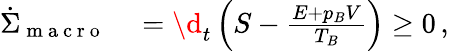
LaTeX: \begin{array}{rl}{\dot{\Sigma}_{\mathrm{~m~a~c~r~o~}}}&{{}=\d_{t}\left(S-\frac{E+p_{B}V}{T_{B}}\right)\geq 0\, ,}\end{array}